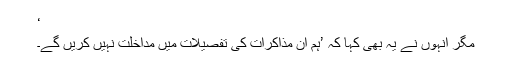
‘
مگر انہوں نے یہ بھی کہا کہ ’ہم ان مذاکرات کی تفصیلات میں مداخلت نہیں کریں گے۔